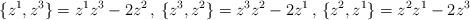
LaTeX: \begin{align*}\{z^1,z^3\}=z^1z^3-2z^2\,,\,\{z^3,z^2\}=z^3z^2-2z^1\,,\,\{z^2,z^1\}=z^2z^1-2z^3\end{align*}